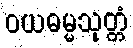
ဝယဓမ္မသုတ္တံ